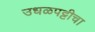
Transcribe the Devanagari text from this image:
उधळपट्टीचा